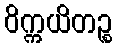
ဝိက္ကယိတဉ္စ